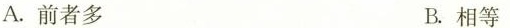
A.前者多 B.相等